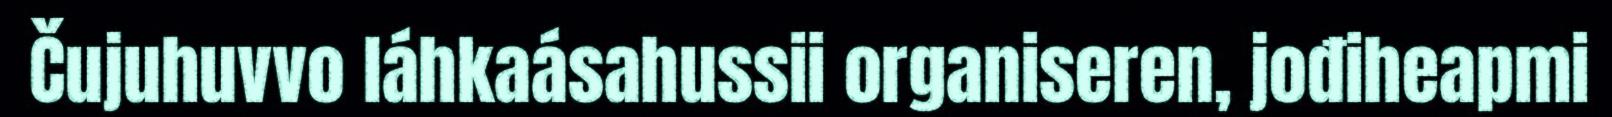
Čujuhuvvo láhkaásahussii organiseren, jođiheapmi